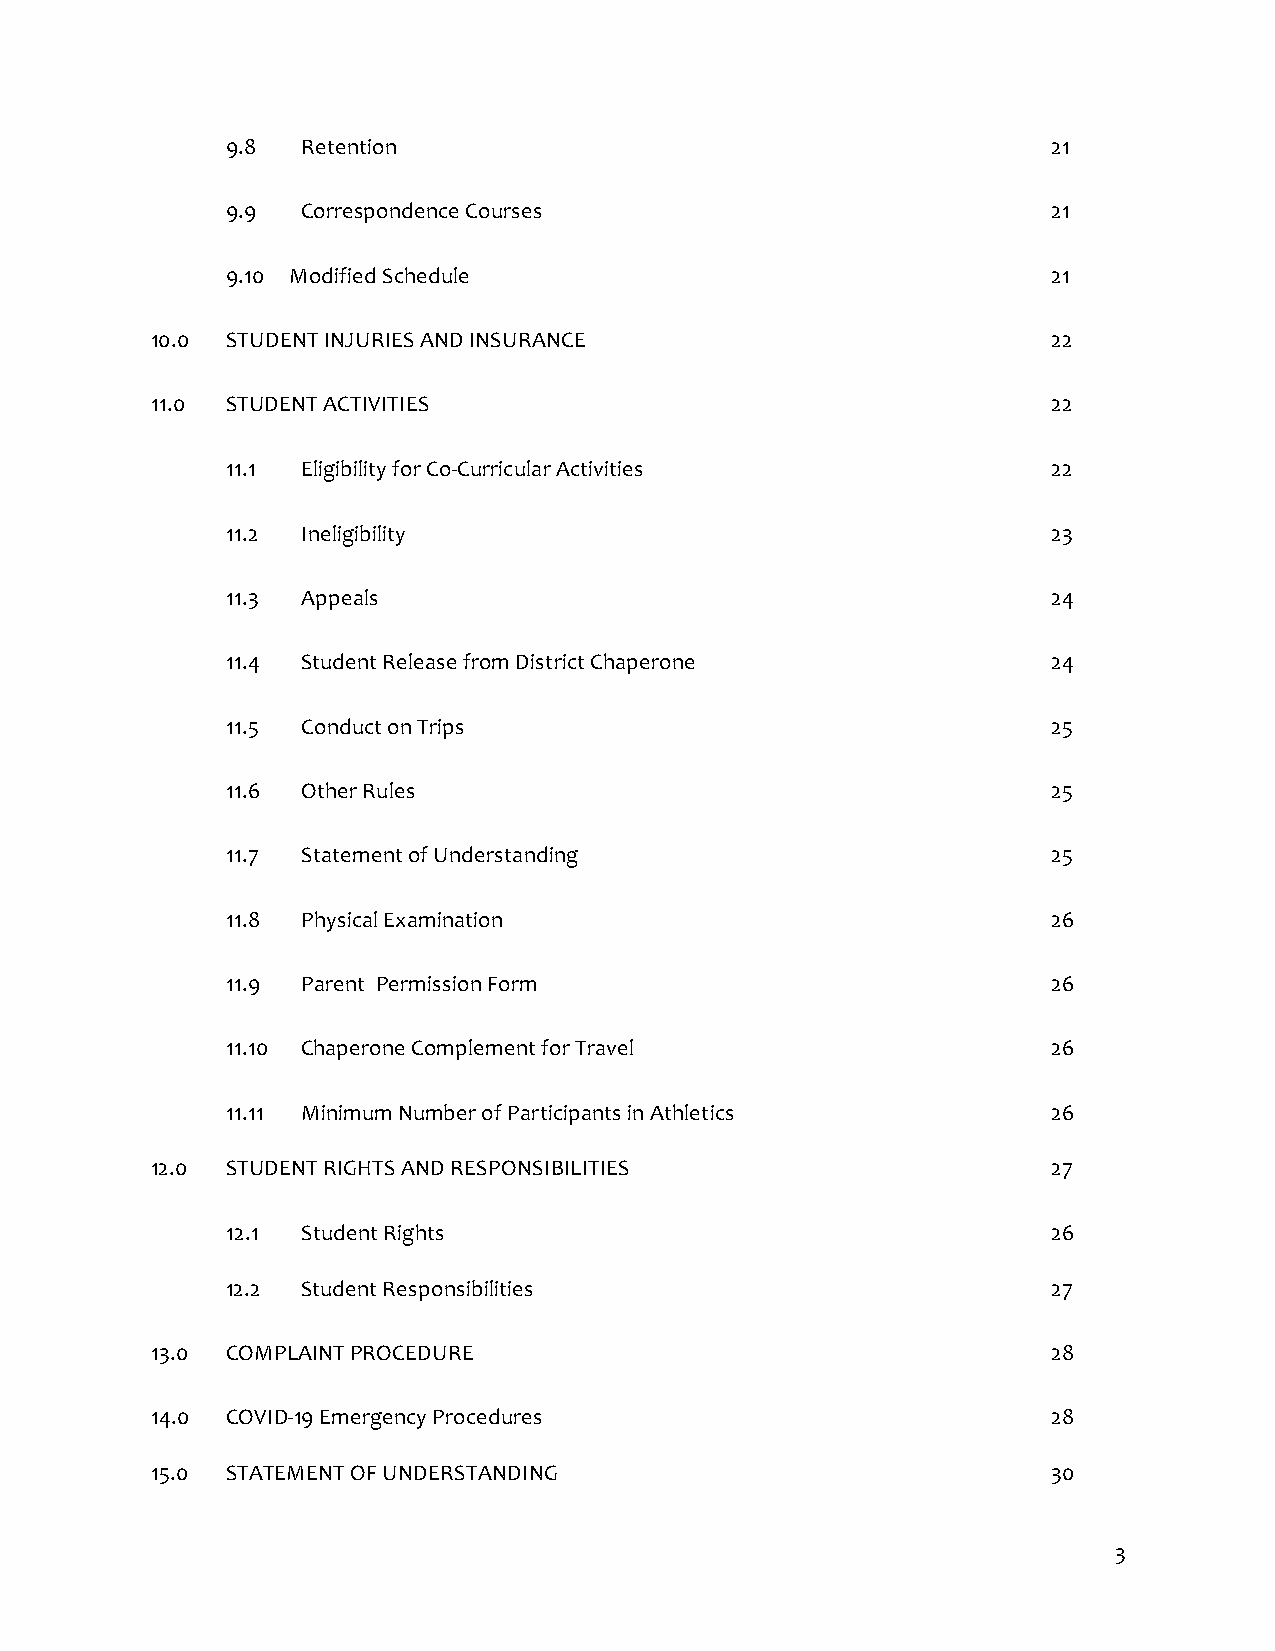
9.8  Retention                                         21
 9.9  Correspondence Courses                            21
 9.10 Modified Schedule                                 21
 10.0 STUDENT INJURIES AND INSURANCE                         22
 11.0 STUDENT ACTIVITIES                                     22
 11.1 Eligibility for Co-Curricular Activities          22
 11.2 Ineligibility                                     23
 11.3 Appeals                                           24
 11.4 Student Release from District Chaperone           24
 11.5 Conduct on Trips                                  25
 11.6 Other Rules                                       25
 11.7 Statement of Understanding                        25
 11.8 Physical Examination                              26
 11.9 Parent Permission Form                            26
 11.10 Chaperone Complement for Travel                  26
 11.11 Minimum Number of Participants in Athletics      26
 12.0 STUDENT RIGHTS AND RESPONSIBILITIES                    27
 12.1 Student Rights                                    26
 12.2 Student Responsibilities                          27
 13.0 COMPLAINT PROCEDURE                                    28
 14.0 COVID-19 Emergency Procedures                          28
 15.0 STATEMENT OF UNDERSTANDING                             30
 3